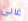
غالى